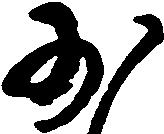
少